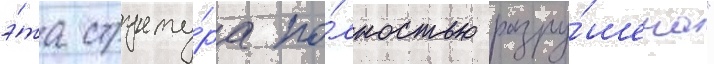
э́та структу́ра по́лностью разру́шена"